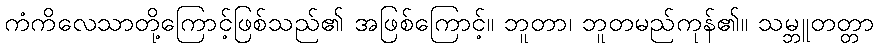
ကံကိလေသာတို့ကြောင့်ဖြစ်သည်၏ အဖြစ်ကြောင့်။ ဘူတာ၊ ဘူတမည်ကုန်၏။ သမ္ဘူတတ္တာ